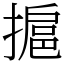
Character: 㨭